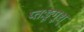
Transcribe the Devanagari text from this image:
प्तःङूगूश्